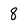
Character: 8